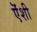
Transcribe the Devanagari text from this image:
ऎंशी